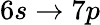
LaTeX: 6s\rightarrow 7p